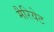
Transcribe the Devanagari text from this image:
मैरियेट